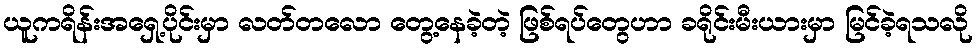
ယူကရိန်းအရှေ့ပိုင်းမှာ လတ်တလော တွေ့နေခဲ့တဲ့ ဖြစ်ရပ်တွေဟာ ခရိုင်းမီးယားမှာ မြင်ခဲ့ရသလို